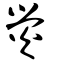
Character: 熒